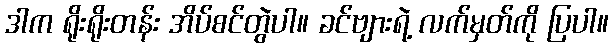
ဒါက ရိုးရိုးတန်း အိပ်စင်တွဲပါ။ ခင်ဗျားရဲ့ လက်မှတ်ကို ပြပါ။